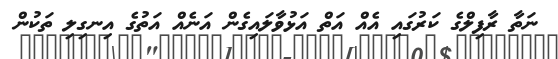
ނަތާ ރާފިލްގެ ކަރުގައި އެއް އަތް އަޅުވާލައިގެން އަނެއް އަތުގެ އިނގިލި ތަކުން